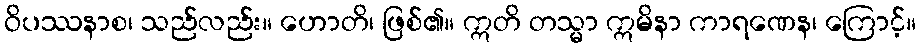
ဝိပဿနာစ၊ သည်လည်း။ ဟောတိ၊ ဖြစ်၏။ ဣတိ တသ္မာ ဣမိနာ ကာရဏေန၊ ကြောင့်။